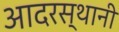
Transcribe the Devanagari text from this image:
आदरस्थानी